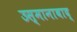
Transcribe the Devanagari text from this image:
उस्मानाबाद्